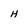
Character: H